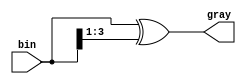
module bin2gray#(
    parameter DATA_WIDTH = 4
)(
    input       [DATA_WIDTH-1:0] bin,
    output      [DATA_WIDTH-1:0] gray
);

assign gray = bin ^ (bin >> 1);

endmodule